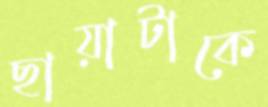
ছায়াটাকে